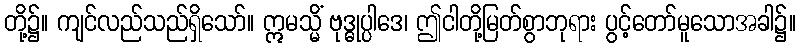
တို့၌။ ကျင်လည်သည်ရှိသော်။ ဣမသ္မိံ ဗုဒ္ဓုပ္ပါဒေ၊ ဤငါတို့မြတ်စွာဘုရား ပွင့်တော်မူသောအခါ၌။